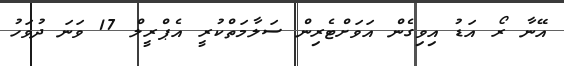
އޭނާ ރޯ އަޑު އިވިގެން އަވަށްޓެރިން ސަލާމަތްކުރީ އެޕްރީލް 17 ވަނަ ދުވަހު